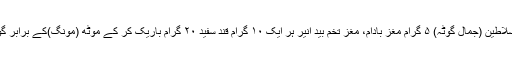
مغز حب السلاطین (جمال گوٹہ) ۵ گرام مغز بادام، مغز تخم بید انیر ہر ایک ۱۰ گرام قند سفید ۲۰ گرام باریک کر کے موٹھ (مونگ)کے برابر گولیاں بنائیں۔